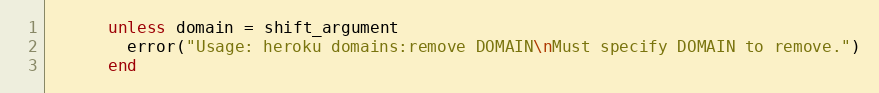
Language: Ruby
      unless domain = shift_argument
        error("Usage: heroku domains:remove DOMAIN\nMust specify DOMAIN to remove.")
      end